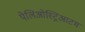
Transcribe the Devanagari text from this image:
पेलिओस्ट्रिआटम